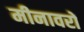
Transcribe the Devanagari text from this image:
मीनावरों